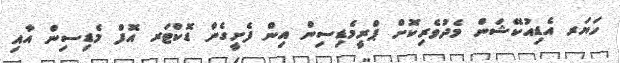
ހަޔަރ އެޑިއުކޭޝަން މެދުވެރިކޮށް ޕްރީމެޑިިސިން އިން ފެށީގެން ޑޮކްޓަރ އޮފް މެޑިސިން އާއި